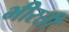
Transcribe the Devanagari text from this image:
भीरती